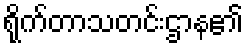
ရိုက်တာသတင်းဌာန၏